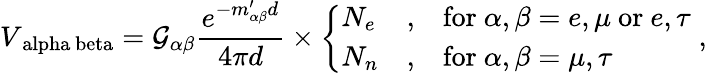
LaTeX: V_{\mathrm{\ alpha\ beta}}=\mathcal{G}_{\alpha\beta}\frac{e^{-m_{\alpha\beta}^{\prime}d}}{4\pi d}\times\left\{ \begin{array}{lll}{N_{e}}&{,}&{\mathrm{for}~\alpha,\beta=e,\mu~\mathrm{or}~e,\tau}\\ {N_{n}}&{,}&{\mathrm{for}~\alpha,\beta=\mu,\tau}\end{array}\right.\; ,